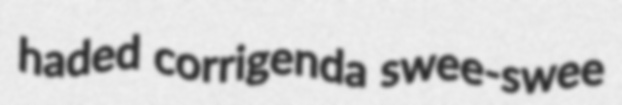
haded corrigenda swee-swee